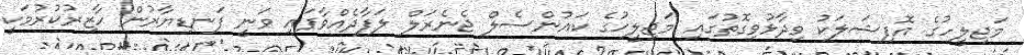
މަޖިލީހުގެ އޮފިޝަލަކު ވިދާޅުވިގޮތުގައި މަޖިލީހުގެ ކައުންސެލް ޖެނެރަލް ލަފާދެއްވާފައި ވަނީ ފަނޑިޔާރުން ހާޒިރުކުރުމަކީ